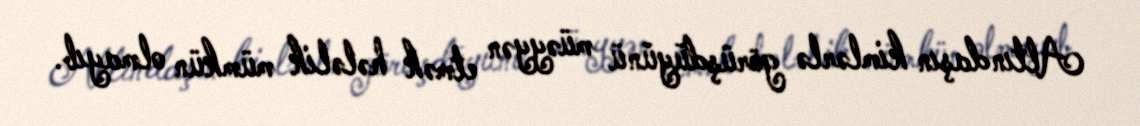
Altındaşın kimlərlə görüşdüyünü müəyyən etmək hələlik mümkün olmayıb.